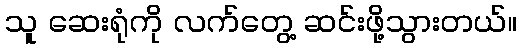
သူ ဆေးရုံကို လက်တွေ့ ဆင်းဖို့သွားတယ်။